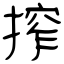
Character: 搾